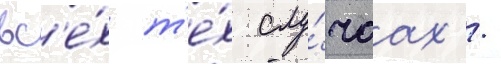
вс'е́х т'е́х слу́чаах /